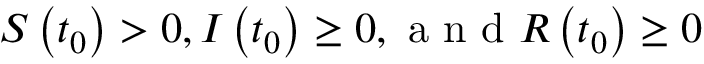
S \left( t _ { 0 } \right) > 0 , I \left( t _ { 0 } \right) \geq 0 , \mathrm { ~ a ~ n ~ d ~ } R \left( t _ { 0 } \right) \geq 0